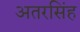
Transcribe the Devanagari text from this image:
अतरसिंह